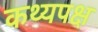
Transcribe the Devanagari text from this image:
कथ्यपक्ष